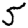
Digit: 5